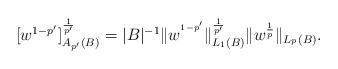
LaTeX: \begin{align*}\lbrack w^{1-p^{\prime}}]_{A_{p^{\prime}}\left( B\right) }^{\frac{1}{p^{\prime}}}=|B|^{-1}\Vert w^{^{1-p^{\prime}}}\Vert_{L_{1}(B)}^{\frac{1}{p^{\prime}}}\Vert w^{\frac{1}{p}}\Vert_{L_{^{p}}(B)}.\end{align*}